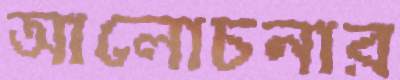
আলোচনার